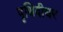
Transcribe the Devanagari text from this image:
पृथिवीधर